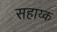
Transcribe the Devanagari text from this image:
सहाय्क